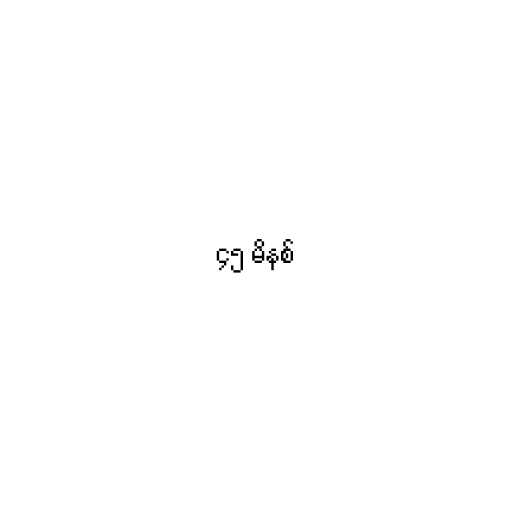
၄၅ မိနစ်